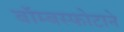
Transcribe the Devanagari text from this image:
बॉम्बस्फोटाने